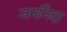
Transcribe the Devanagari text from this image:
जननिंदा